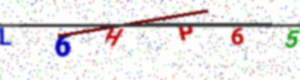
Text: L6HP65